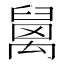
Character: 𥝅